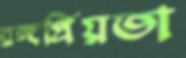
রঙ্গপ্রিয়তা